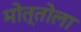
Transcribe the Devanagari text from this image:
मोत्तोला